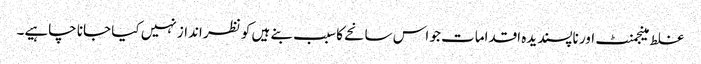
غلط مینجمنٹ اور ناپسندیدہ اقدامات جو اس سانحے کا سبب بنے ہیں کو نظر انداز نہیں کیا جانا چاہیے۔